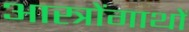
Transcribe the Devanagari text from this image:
आस्त्रोंगाथों